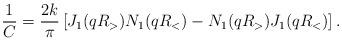
LaTeX: \begin{align*}\frac{1}{C} =\frac{2k}{\pi} \left[ J_1(q R_>) N_1(q R_<) - N_1(q R_>) J_1(q R_<) \right] .\end{align*}